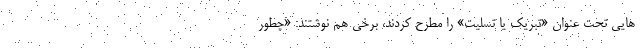
هایی تحت عنوان «تبریک یا تسلیت» را مطرح کردند، برخی هم نوشتند: «چطور